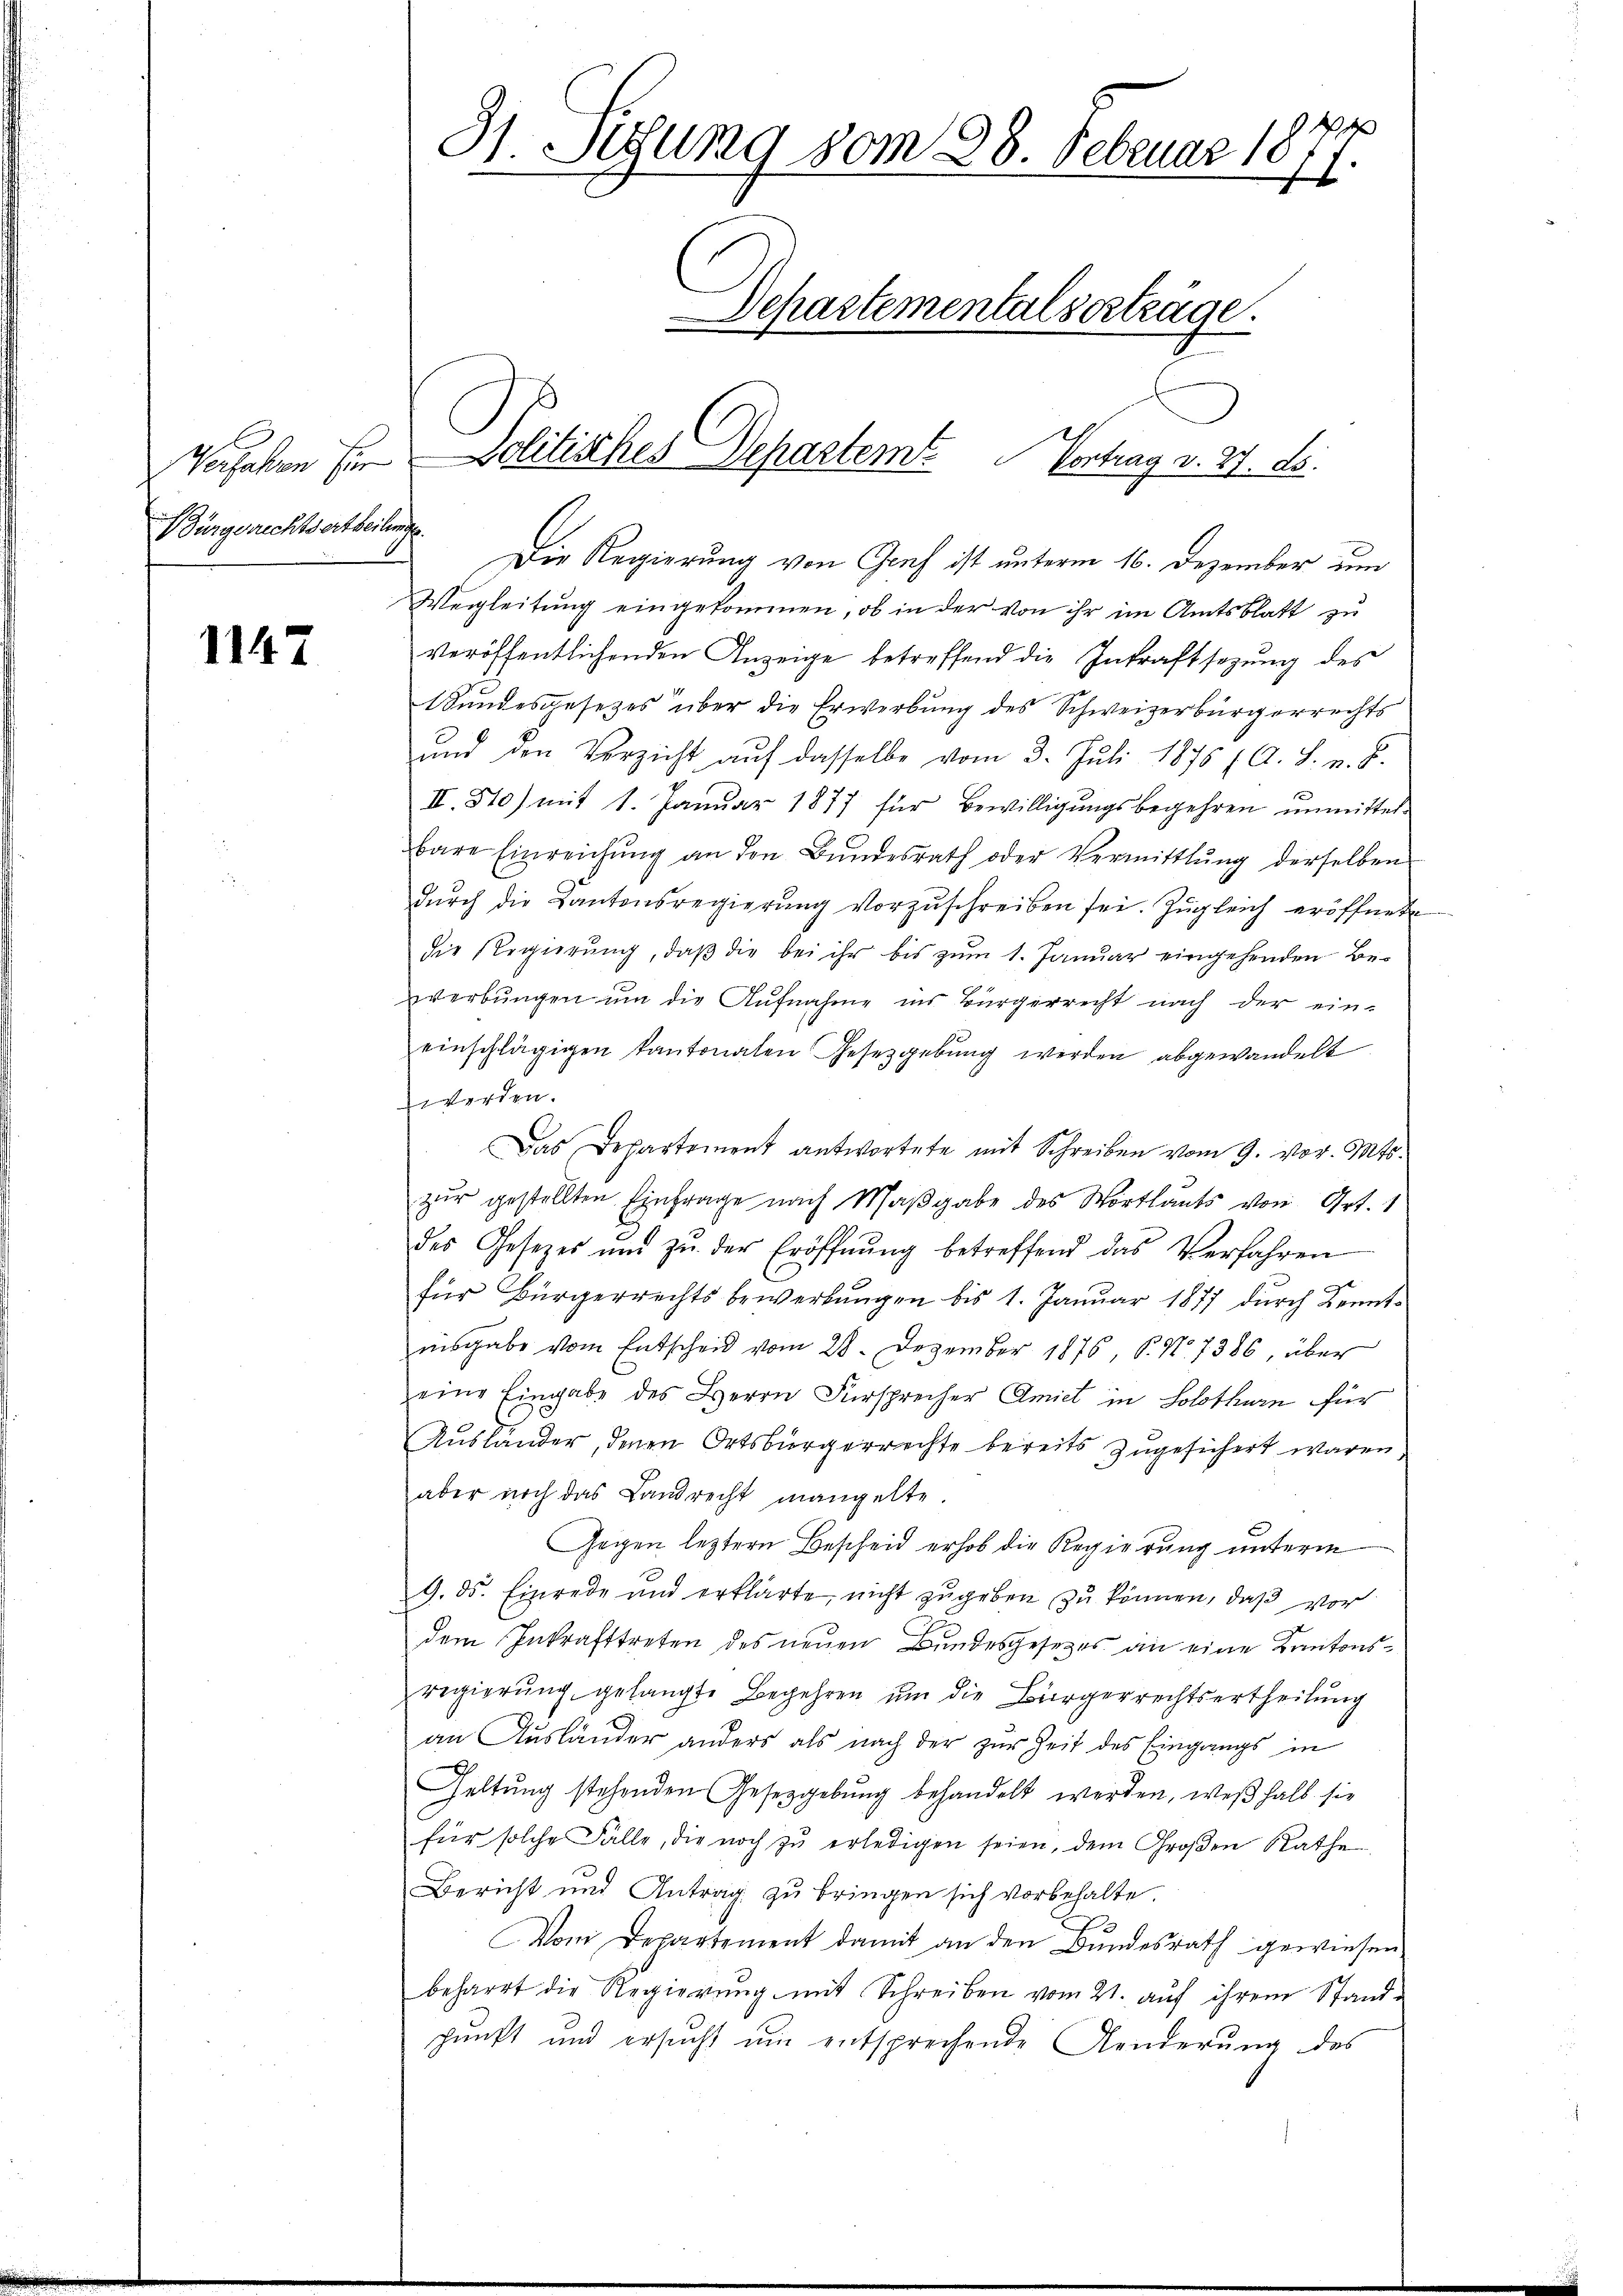
Bürgerichtsertheilung.

1147

Die Regierung von Graf ist unterm 16. Dezember um
Wegleitung eingekommen, ob in der von ihr im Amtsblatt zu
veröffentlichenden Anzeige betreffend die Inkraftsezung des
Wundesgesetzes über die Erwerbung des Schweizerbürgerrechts
und den Verzicht aŭf dasselbe vom 3. Juli 1875 (A. S. n. F.
II. 810) mit 1. Januar 1877 für Bewilligungsbegehren unmittelbare Einreichŭng an den Bŭndesrath oder Vermittlung derselben
dŭrch die Kantonsregierŭng vorzŭschreiben sei. Zŭgleich eröffnete
die Regierung, daß die bei ihr bis zum 1. Januar eingehenden Beverbungen um die Aufnahme ins Bürgerrecht nach der ein-
einschlägigen kantonalen Gesetzgebung werden abgewandelt
werden.
Das Departement antwortete mit Schreiben vom 9. vor. Mts.
zur gestellten Einfrage nach Maßgabe des Wortlauts von Art. 1
des Gesetzes und zŭ der Eröffnŭng betreffend das Verfahren
für Bürgerrechts bewerbŭngen bis 1. Januar 1877 durch Beantinsgabe vom Entscheid vom 28. Dezember 1876, P. Nr. 7386, über
eine Eingabe des Herrn Fürsprecher Amiet in Solothurn für
Auslander, denen Ortsbürgerrechte bereits zugesichert waren
aber noch das Landrecht mangelte.
Gegen leztern Bescheid erhob die Regierung unterm
9. ds. Einrede und erklärte, nicht zugeben zu können, daß vor
dem Inkrafttreten des neuen Bundesgesetzes an eine Kantonsregierung gelangte Begehren um die Bürgerrechtsertheilung
an Ausländer anders als nach der zur Zeit des Eingangs in
h
eltung stehenden Gesetzgebung behandelt werden, weßhalb sie
für solche Fälle, die noch zŭ erledigen seien, dem Großen Rathe
Bericht und Antrag zŭ bringen sich vorbehalte.
Vom Departement damit an den Bundesrath gewiesen
beharrt die Regierŭng mit Schreiben vom 21. aŭf ihrem Standpunkt und ersucht um entsprechende Aenderung des

¬
31. Sedung vom 28. Februar 1877.
Departementalserträge.

Mahlen ser Politisches Departemt. Vortrag v. 27. ds.